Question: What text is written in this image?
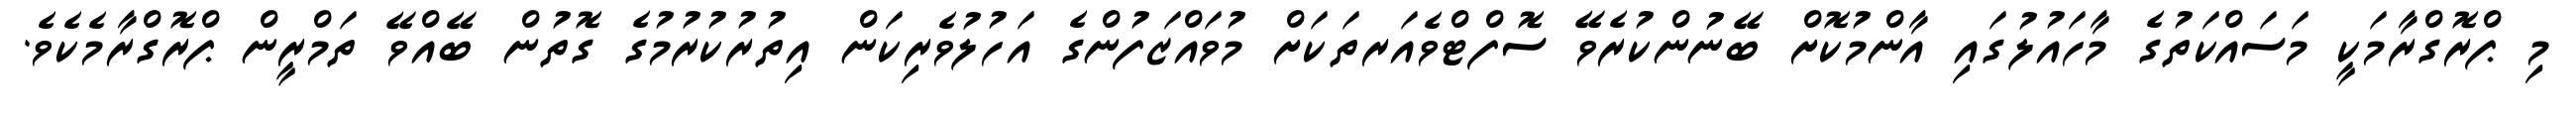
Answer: މި ޕްރޮގްރާމަކީ މަސައްކަތުގެ މާހައުލުގައި އާންމުކޮށް ބޭނުންކުރެވޭ ސޮފްޓްވެއަރތަކަށް މުވައްޒަފުންގެ އަހުލުވެރިކަން އިތުރުކުރުމުގެ ގޮތުން ބޭއްވޭ ތަމްރީން ޕްރޮގްރާމެކެވެ.